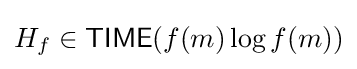
H_{f}\in {\mathsf {TIME}}(f(m)\log f(m))